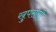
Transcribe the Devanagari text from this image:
खुपसली